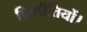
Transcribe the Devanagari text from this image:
फ़िलीतियों।